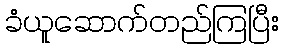
ခံယူဆောက်တည်ကြပြီး